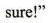
sure!”